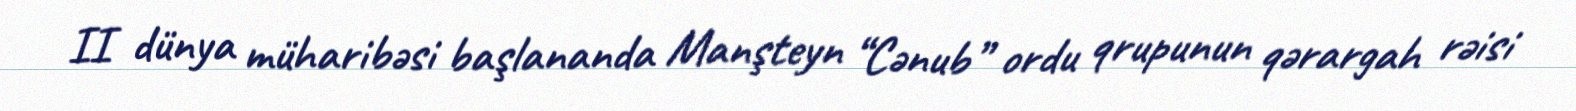
II dünya müharibəsi başlananda Manşteyn “Cənub” ordu qrupunun qərargah rəisi